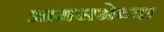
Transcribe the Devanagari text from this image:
आमसभेच्या